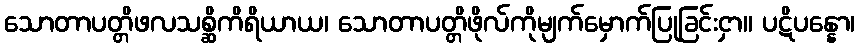
သောတာပတ္တိဖလသစ္ဆိကိရိယာယ၊ သောတာပတ္တိဖိုလ်ကိုမျက်မှောက်ပြုခြင်းငှာ။ ပဋိပန္နော၊